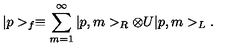
| p > _ { f } \equiv \sum _ { m = 1 } ^ { \infty } | p , m > _ { R } \otimes U | p , m > _ { L } .